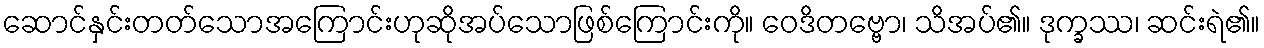
ဆောင်နှင်းတတ်သောအကြောင်းဟုဆိုအပ်သောဖြစ်ကြောင်းကို။ ဝေဒိတဗ္ဗော၊ သိအပ်၏။ ဒုက္ခဿ၊ ဆင်းရဲ၏။